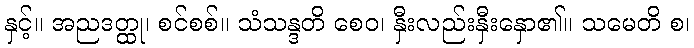
နှင့်။ အညဒတ္ထု၊ စင်စစ်။ သံသန္ဒတိ စေဝ၊ နှီးလည်းနှီးနှော၏။ သမေတိ စ၊